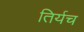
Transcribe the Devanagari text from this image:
तिर्यच